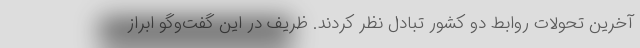
آخرین تحولات روابط دو کشور تبادل نظر کردند. ظریف در این گفت‌وگو ابراز